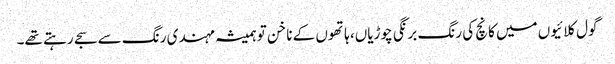
گول کلائیوں میں کانچ کی رنگ برنگی چوڑیاں، ہاتھوں کے ناخن تو ہمیشہ مہندی رنگ سے سجے رہتے تھے۔